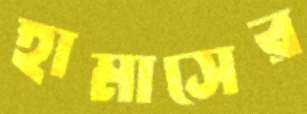
হামাসের